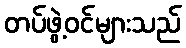
တပ်ဖွဲ့ဝင်များသည်